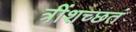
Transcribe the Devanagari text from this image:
त्रींशच्छतं